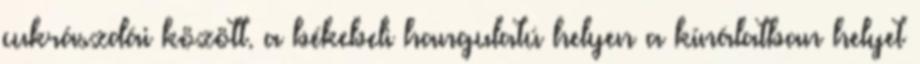
cukrászdái között. a békebeli hangulatú helyen a kínálatban helyet